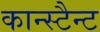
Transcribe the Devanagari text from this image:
कान्स्टैन्ट